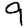
Digit: 9